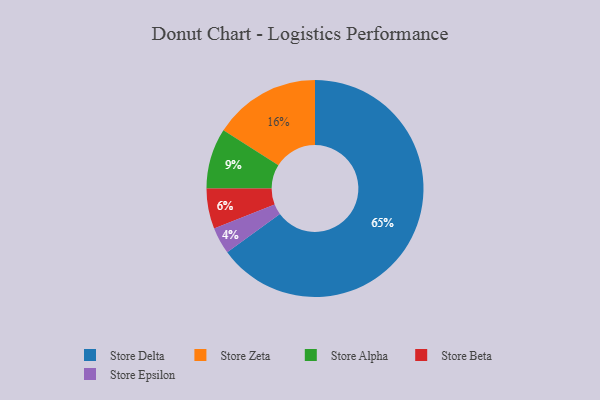
{"axis": {"x": "Category", "y": "Percentage"}, "legend": ["Store Alpha", "Store Beta", "Store Delta", "Store Epsilon", "Store Zeta"], "data": [{"x": "Store Delta", "y": 65, "type": "Store Delta"}, {"x": "Store Alpha", "y": 9, "type": "Store Alpha"}, {"x": "Store Epsilon", "y": 4, "type": "Store Epsilon"}, {"x": "Store Beta", "y": 6, "type": "Store Beta"}, {"x": "Store Zeta", "y": 16, "type": "Store Zeta"}]}